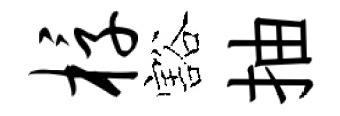
椁豁抽